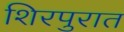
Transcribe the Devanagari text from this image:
शिरपुरात